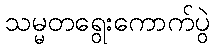
သမ္မတရွေးကောက်ပွဲ